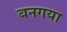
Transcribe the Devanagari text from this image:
बनगया